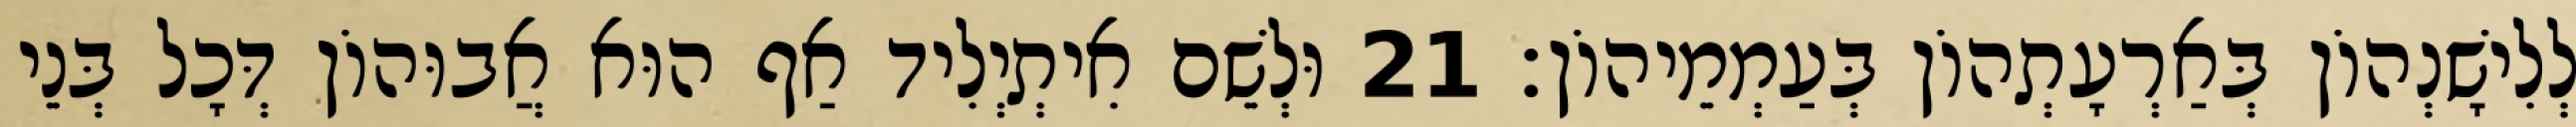
לְלִישָׁנְהוֹן בְּאַרְעָתְהוֹן בְּעַמְמֵיהוֹן׃ 21 וּלְשֵׁם אִיתְיְלִיד אַף הוּא אֲבוּהוֹן דְּכָל בְּנֵי